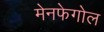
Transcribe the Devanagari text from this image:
मेनफेगोल